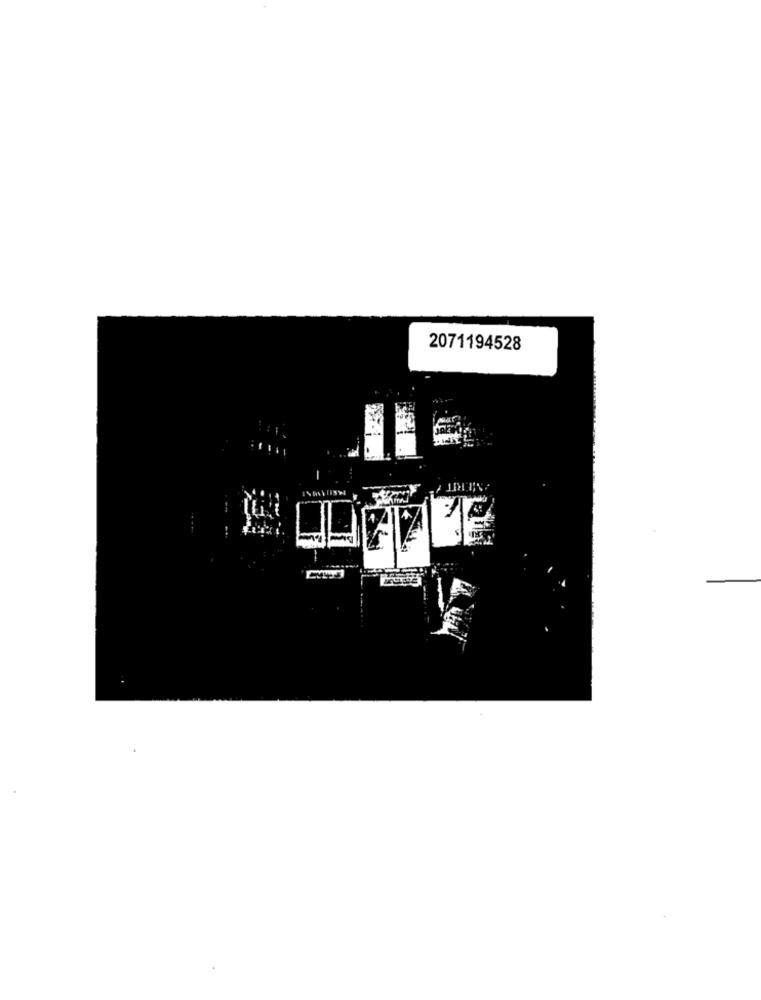
2071194528